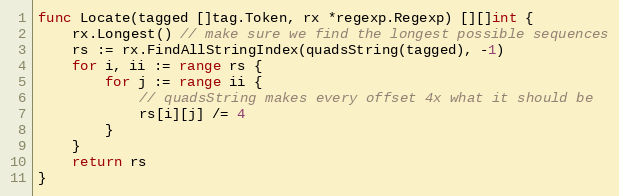
Language: Go
func Locate(tagged []tag.Token, rx *regexp.Regexp) [][]int {
	rx.Longest() // make sure we find the longest possible sequences
	rs := rx.FindAllStringIndex(quadsString(tagged), -1)
	for i, ii := range rs {
		for j := range ii {
			// quadsString makes every offset 4x what it should be
			rs[i][j] /= 4
		}
	}
	return rs
}